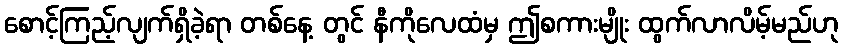
စောင့်ကြည့်လျက်ရှိခဲ့ရာ တစ်နေ့ တွင် နီကိုလေထံမှ ဤစကားမျိုး ထွက်လာလိမ့်မည်ဟု